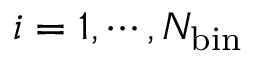
i = 1 , \cdots , N _ { \mathrm { b i n } }